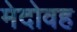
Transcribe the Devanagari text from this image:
मेदोवह